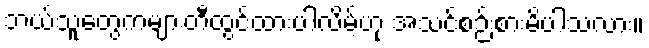
ဘယ်သူတွေကများတီထွင်ထားပါလိမ့်ဟု အသင်စဉ်းစားမိပါသလား။